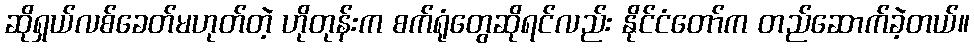
ဆိုရှယ်လစ်ခေတ်မဟုတ်တဲ့ ဟိုတုန်းက စက်ရုံတွေဆိုရင်လည်း နိုင်ငံတော်က တည်ဆောက်ခဲ့တယ်။